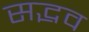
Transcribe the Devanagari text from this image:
सद्भव